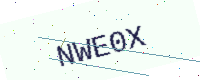
Text: NWE0X